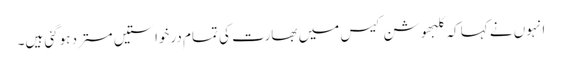
انہوں نے کہا کہ کلبھوشن کیس میں بھارت کی تمام درخواستیں مسترد ہوگئی ہیں۔